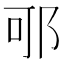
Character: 𨚩